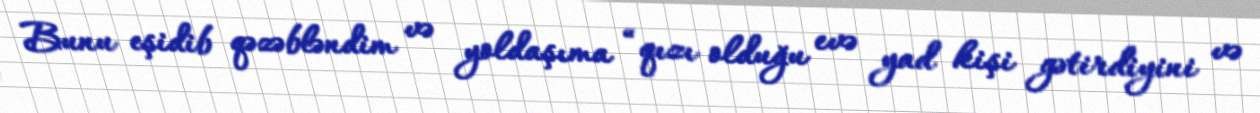
Bunu eşidib qəzəbləndim və yoldaşıma “qızı olduğu evə yad kişi gətirdiyini və